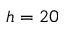
h = 2 0